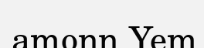
amonn Yem